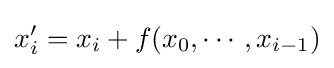
x_{i}'=x_{i}+f(x_{0},\cdots ,x_{i-1})